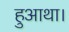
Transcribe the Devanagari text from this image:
हुआथा।